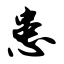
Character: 患